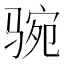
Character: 𩧻